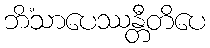
ဘိံသာပေဿန္တီတိပေ